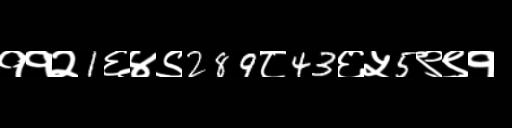
Text: ११२1६४९289८43६५5९९१